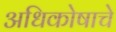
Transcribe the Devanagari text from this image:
अधिकोषाचे